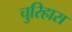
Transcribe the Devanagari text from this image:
चुरिहारा